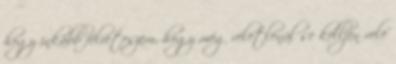
hogy inkább félreteszem, hogy még véletlenül se kelljen vele